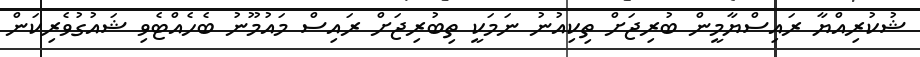
ޝުކުރިއްޔާ ރައިސްޔާމީން ބުރިޖަށް ތިކިއުނު ނަމަކީ ތިބުރިޖަށް ރައިސް މައުމޫނު ބެހެއްޓެވި ޝައުގުވެރިކަން